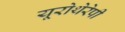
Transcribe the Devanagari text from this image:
यूरोथेरेपी